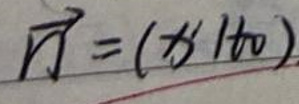
$\overrightarrow{n}=(x'\t_0)$